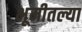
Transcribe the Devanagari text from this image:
भूमीतल्या